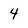
Character: 4